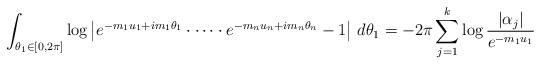
LaTeX: \begin{align*}\int_{\theta_1\in[0,2\pi]}\log\big|e^{-m_1u_1+im_1\theta_1}\cdot\dots\cdot e^{-m_nu_n+im_n\theta_n}-1\big|\ d\theta_1=-2\pi\sum_{j=1}^k\log\frac{|\alpha_j|}{e^{-m_1u_1}}\end{align*}